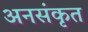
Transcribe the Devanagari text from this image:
अनसंकृत